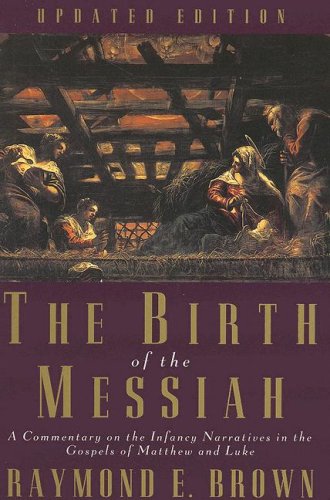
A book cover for The Birth of the Messiah: A Commentary on the Infancy Narratives in the Gospels of Matthew and Luke (The Anchor Yale Bible Reference Library); Raymond E. Brown; Christian Books & Bibles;